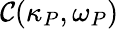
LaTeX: \mathcal{C}(\kappa_{P},\omega_{P})